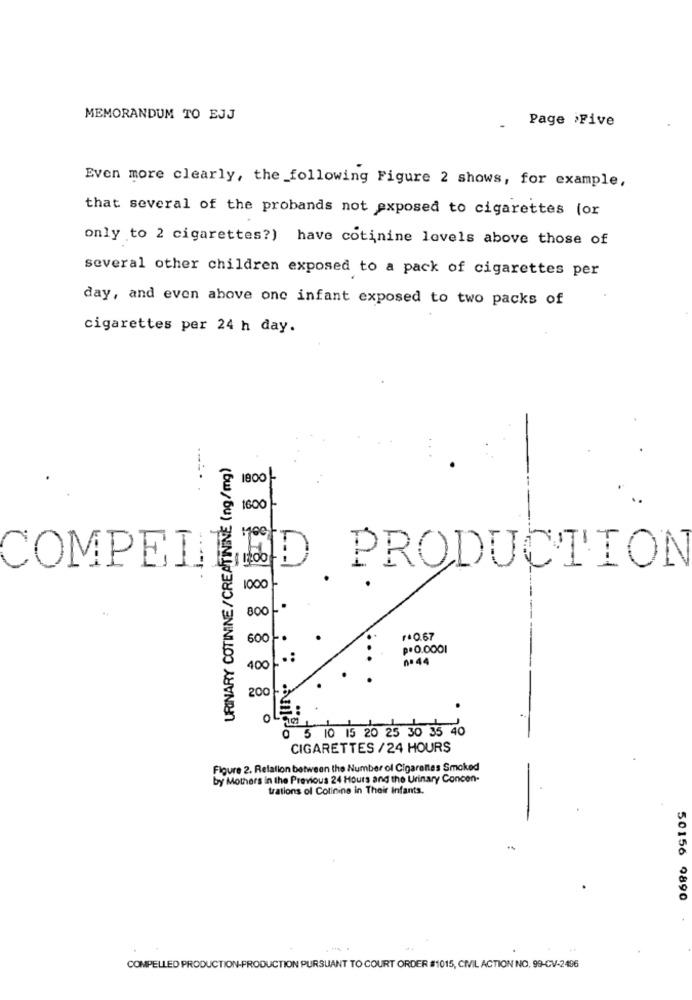
MEMORANDUM TO EJJ
Page iFive
Even more clearly, the_following Figure 2 shows, for example,
that several of the probands not exposed to cigarettes (or
only to 2 cigarettes?) have cotinine levels above those of
several other children exposed to a pack of cigarettes per
day, and even above one infant exposed to two packs of
cigarettes per 24 h day.
URINARY COTININE/CREATININE (ng/mg)
1000
1600
COMPEN
D PRODUCTION
1000
800
600
1.0.67
p.0.0001
n.44
400
200
o4
0 5 10 15 20 25 30 35 40
CIGARETTES / 24 HOURS
Figure 2. Relation between the Number of Cigarettes Smoked
by Mothers in the Previous 24 Hours and the Urinary Concen-
trations of Cotinine in Their Infants.
50156 9890
COMPELLED PRODUCTION-PRODUCTION PURSUANT TO COURT ORDER #1015, CIVIL ACTION NO. 99-CV-2496